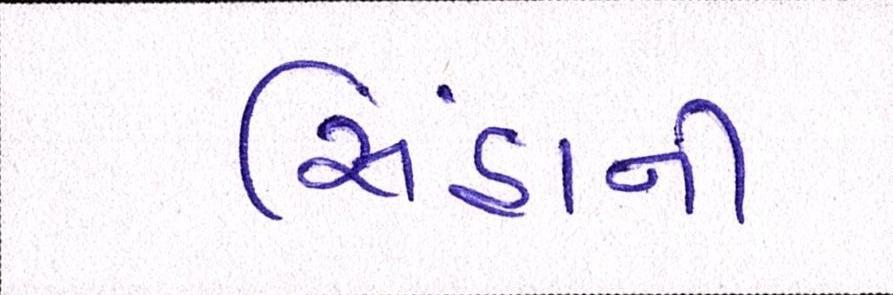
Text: સિંહાની